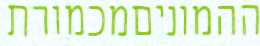
ההמוניםמכמורת